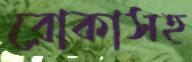
রোকাসহ